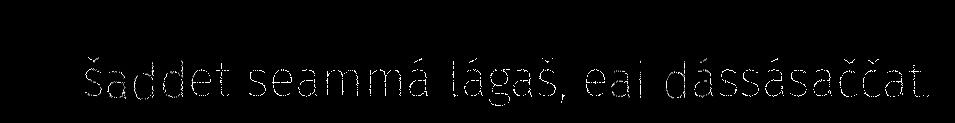
šaddet seammá lágaš, eai dássásaččat.